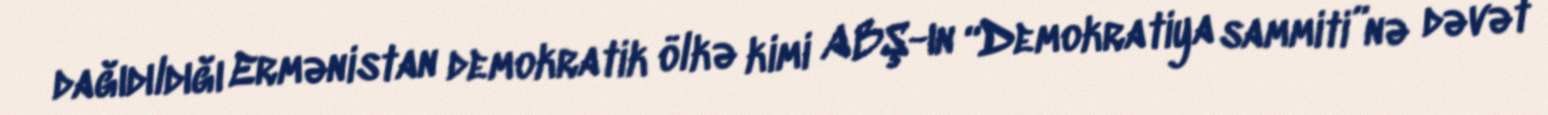
dağıdıldığı Ermənistan demokratik ölkə kimi ABŞ-ın “Demokratiya sammiti”nə dəvət